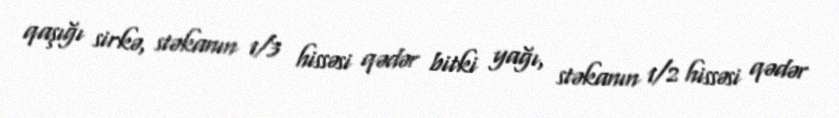
qaşığı sirkə, stəkanın 1/3 hissəsi qədər bitki yağı, stəkanın 1/2 hissəsi qədər